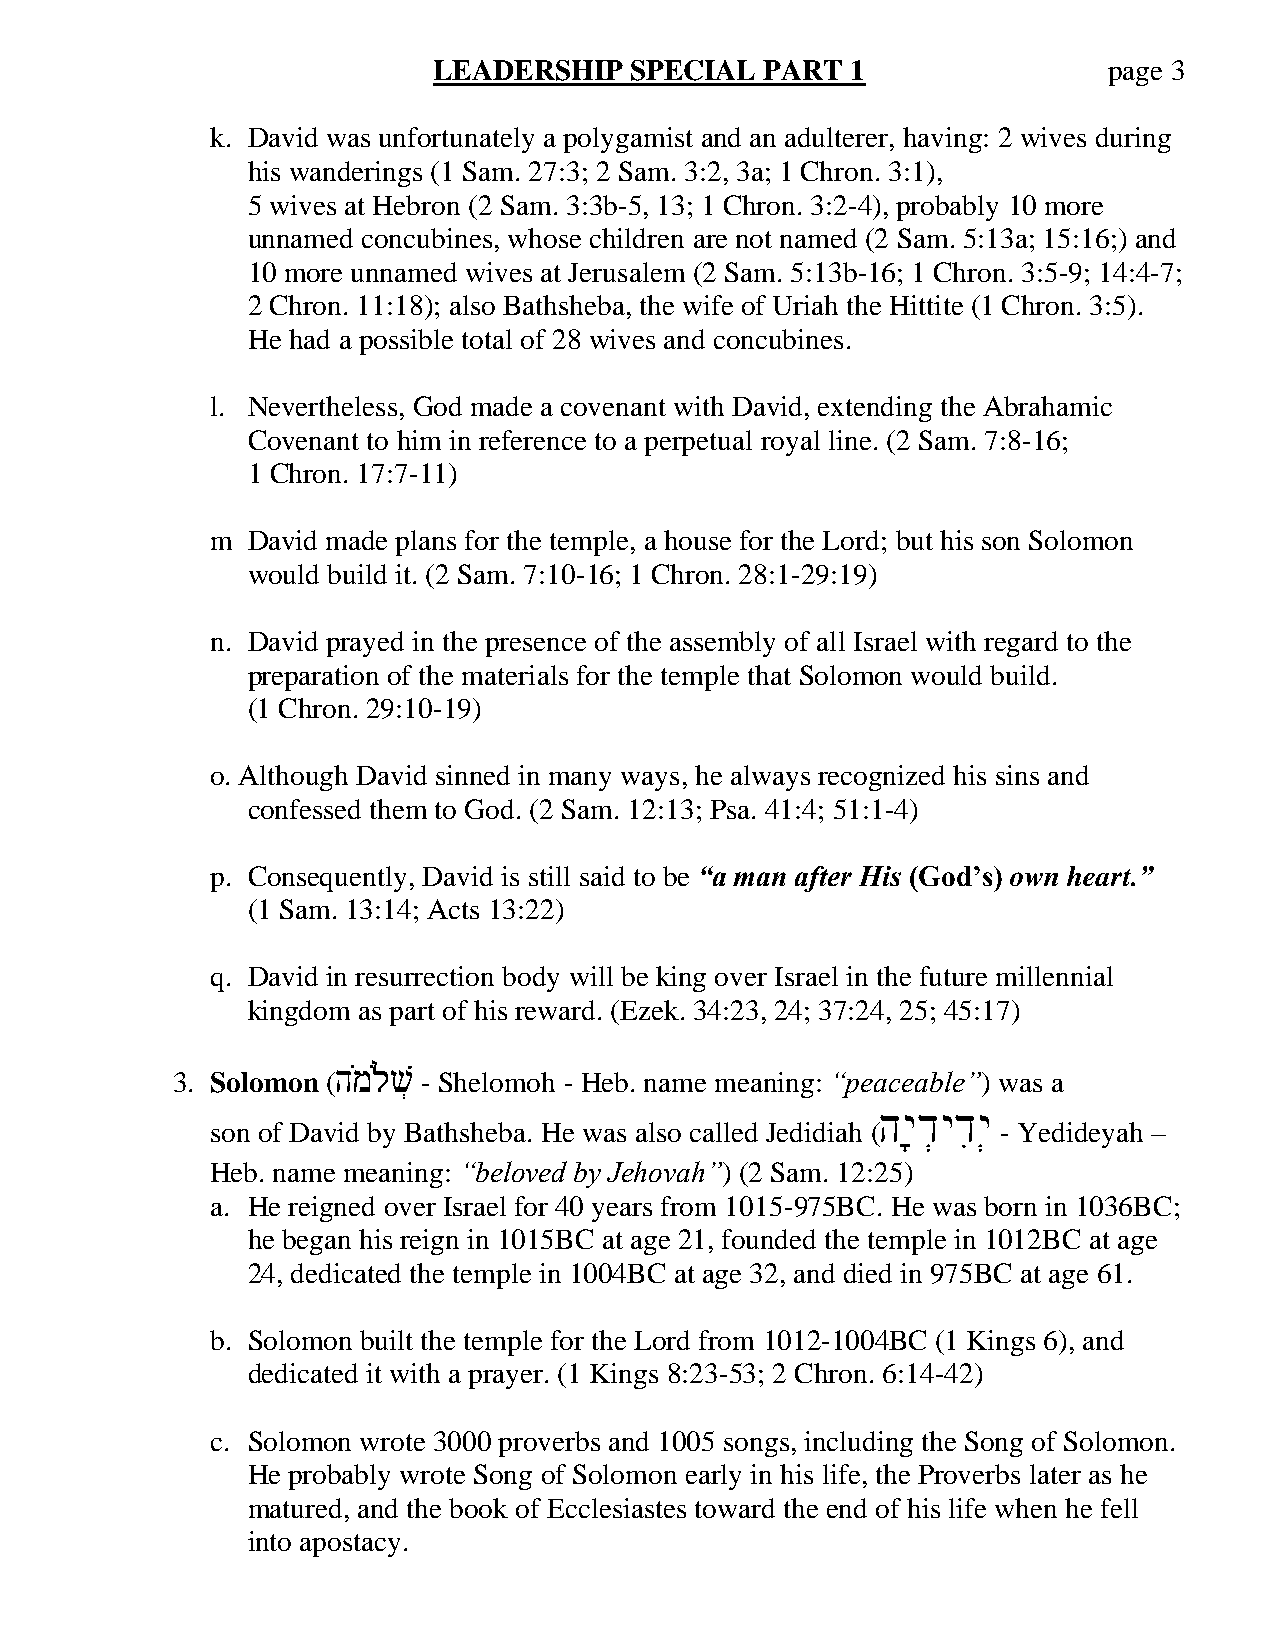
LEADERSHIP   SPECIAL  PART 1                page 3
 k. David was unfortunately a polygamist and an adulterer, having: 2 wives during
 his wanderings (1 Sam. 27:3; 2 Sam. 3:2, 3a; 1 Chron. 3:1),
 5 wives at Hebron (2 Sam. 3:3b-5, 13; 1 Chron. 3:2-4), probably 10 more
 unnamed concubines, whose children are not named (2 Sam. 5:13a; 15:16;) and
 10 more unnamed wives at Jerusalem (2 Sam. 5:13b-16; 1 Chron. 3:5-9; 14:4-7;
 2 Chron. 11:18); also Bathsheba, the wife of Uriah the Hittite (1 Chron. 3:5).
 He had a possible total of 28 wives and concubines.
 l. Nevertheless, God made a covenant with David, extending the Abrahamic
 Covenant to him in reference to a perpetual royal line. (2 Sam. 7:8-16;
 1 Chron. 17:7-11)
 m David made plans for the temple, a house for the Lord; but his son Solomon
 would build it. (2 Sam. 7:10-16; 1 Chron. 28:1-29:19)
 n. David prayed in the presence of the assembly of all Israel with regard to the
 preparation of the materials for the temple that Solomon would build.
 (1 Chron. 29:10-19)
 o. Although David sinned in many ways, he always recognized his sins and
 confessed them to God. (2 Sam. 12:13; Psa. 41:4; 51:1-4)
 p. Consequently, David is still said to be “a man after His (God’s) own heart.”
 (1 Sam. 13:14; Acts 13:22)
 q. David in resurrection body will be king over Israel in the future millennial
 kingdom as part of his reward. (Ezek. 34:23, 24; 37:24, 25; 45:17)
 3. Solomon (hm)lv) = - Shelomoh - Heb. name meaning: “peaceable”) was a
 son of David by Bathsheba. He was also called Jedidiah (hy*d=yd!y= - Yedideyah –
 Heb. name meaning: “beloved by Jehovah”) (2 Sam. 12:25)
 a. He reigned over Israel for 40 years from 1015-975BC. He was born in 1036BC;
 he began his reign in 1015BC at age 21, founded the temple in 1012BC at age
 24, dedicated the temple in 1004BC at age 32, and died in 975BC at age 61.
 b. Solomon built the temple for the Lord from 1012-1004BC (1 Kings 6), and
 dedicated it with a prayer. (1 Kings 8:23-53; 2 Chron. 6:14-42)
 c. Solomon wrote 3000 proverbs and 1005 songs, including the Song of Solomon.
 He probably wrote Song of Solomon early in his life, the Proverbs later as he
 matured, and the book of Ecclesiastes toward the end of his life when he fell
 into apostacy.